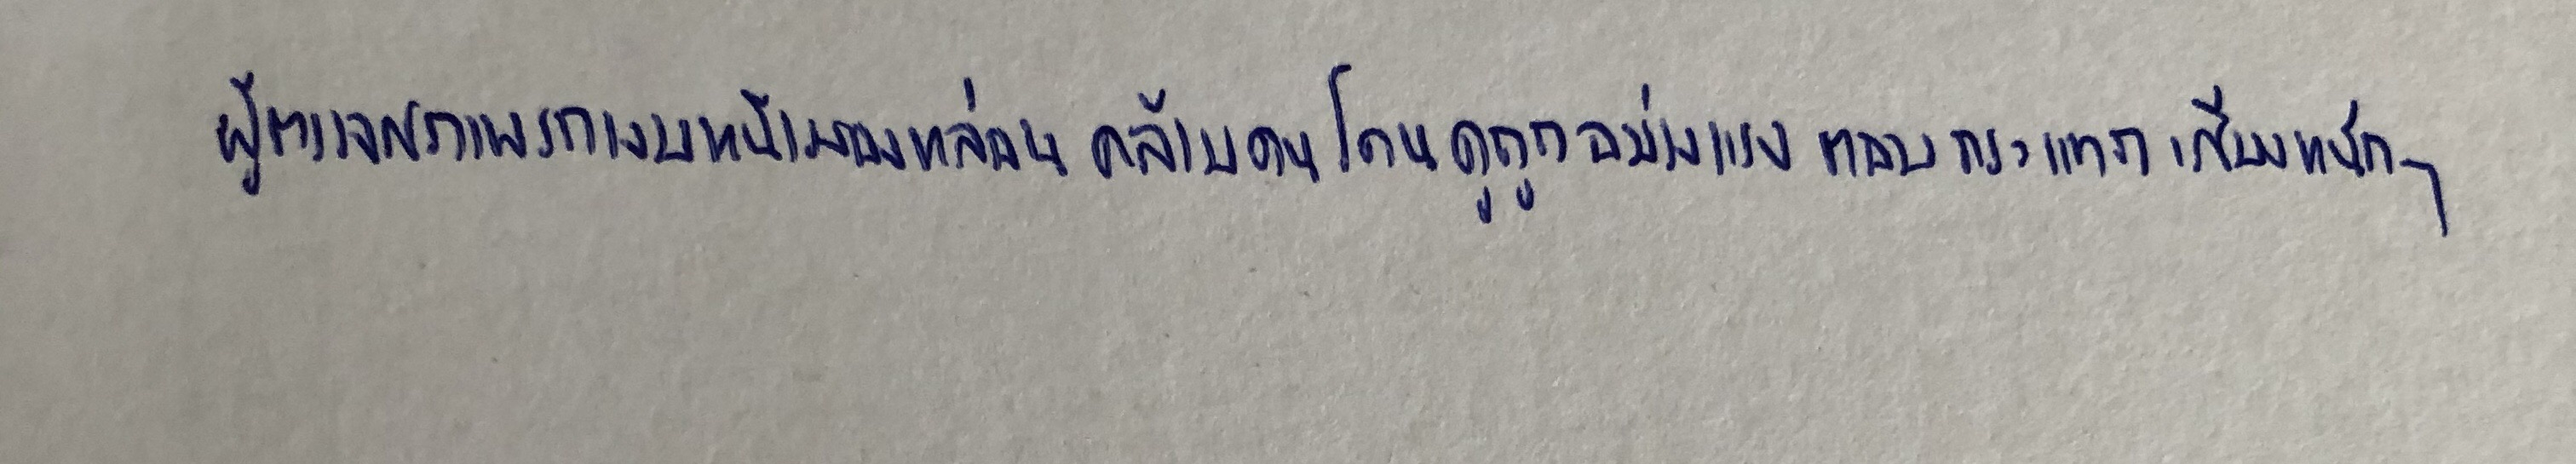
ผู้ตรวจสภาพรถเงยหน้ามองหล่อนคล้ายคนโดนดูถูกอย่างแรงตอบกระแทกเสียงหนักๆ